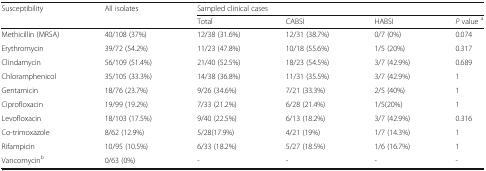
<table><thead><tr><td rowspan="2"><b>Susceptibility</b></td><td rowspan="2"><b>All isolates</b></td><td colspan="4"><b>Sampled clinical cases</b></td></tr><tr><td><b>Total</b></td><td><b>CABSI</b></td><td><b>HABSI</b></td><td><b><i>P</i> value <sup>a</sup></b></td></tr></thead><tbody><tr><td>Methicillin (MRSA)</td><td>40/108 (37%)</td><td>12/38 (31.6%)</td><td>12/31 (38.7%)</td><td>0/7 (0%)</td><td>0.074</td></tr><tr><td>Erythromycin</td><td>39/72 (54.2%)</td><td>11/23 (47.8%)</td><td>10/18 (55.6%)</td><td>1/5 (20%)</td><td>0.317</td></tr><tr><td>Clindamycin</td><td>56/109 (51.4%)</td><td>21/40 (52.5%)</td><td>18/23 (54.5%)</td><td>3/7 (42.9%)</td><td>0.689</td></tr><tr><td>Chloramphenicol</td><td>35/105 (33.3%)</td><td>14/38 (36.8%)</td><td>11/31 (35.5%)</td><td>3/7 (42.9%)</td><td>1</td></tr><tr><td>Gentamicin</td><td>18/76 (23.7%)</td><td>9/26 (34.6%)</td><td>7/21 (33.3%)</td><td>2/5 (40%)</td><td>1</td></tr><tr><td>Ciprofloxacin</td><td>19/99 (19.2%)</td><td>7/33 (21.2%)</td><td>6/28 (21.4%)</td><td>1/5(20%)</td><td>1</td></tr><tr><td>Levofloxacin</td><td>18/103 (17.5%)</td><td>9/40 (22.5%)</td><td>6/13 (18.2%)</td><td>3/7 (42.9%)</td><td>0.316</td></tr><tr><td>Co-trimoxazole</td><td>8/62 (12.9%)</td><td>5/28(17.9%)</td><td>4/21 (19%)</td><td>1/7 (14.3%)</td><td>1</td></tr><tr><td>Rifampicin</td><td>10/95 (10.5%)</td><td>6/33 (18.2%)</td><td>5/27 (18.5%)</td><td>1/6 (16.7%)</td><td>1</td></tr><tr><td>Vancomycin<sup>b</sup></td><td>0/63 (0%)</td><td>-</td><td>-</td><td>-</td><td>-</td></tr></tbody></table>